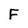
Character: F